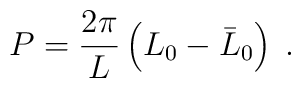
P=\displaystyle\frac{2\pi }{L}\left( L_{0}-\bar{L}_{0}\right) \; .